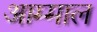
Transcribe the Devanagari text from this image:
आम्माल